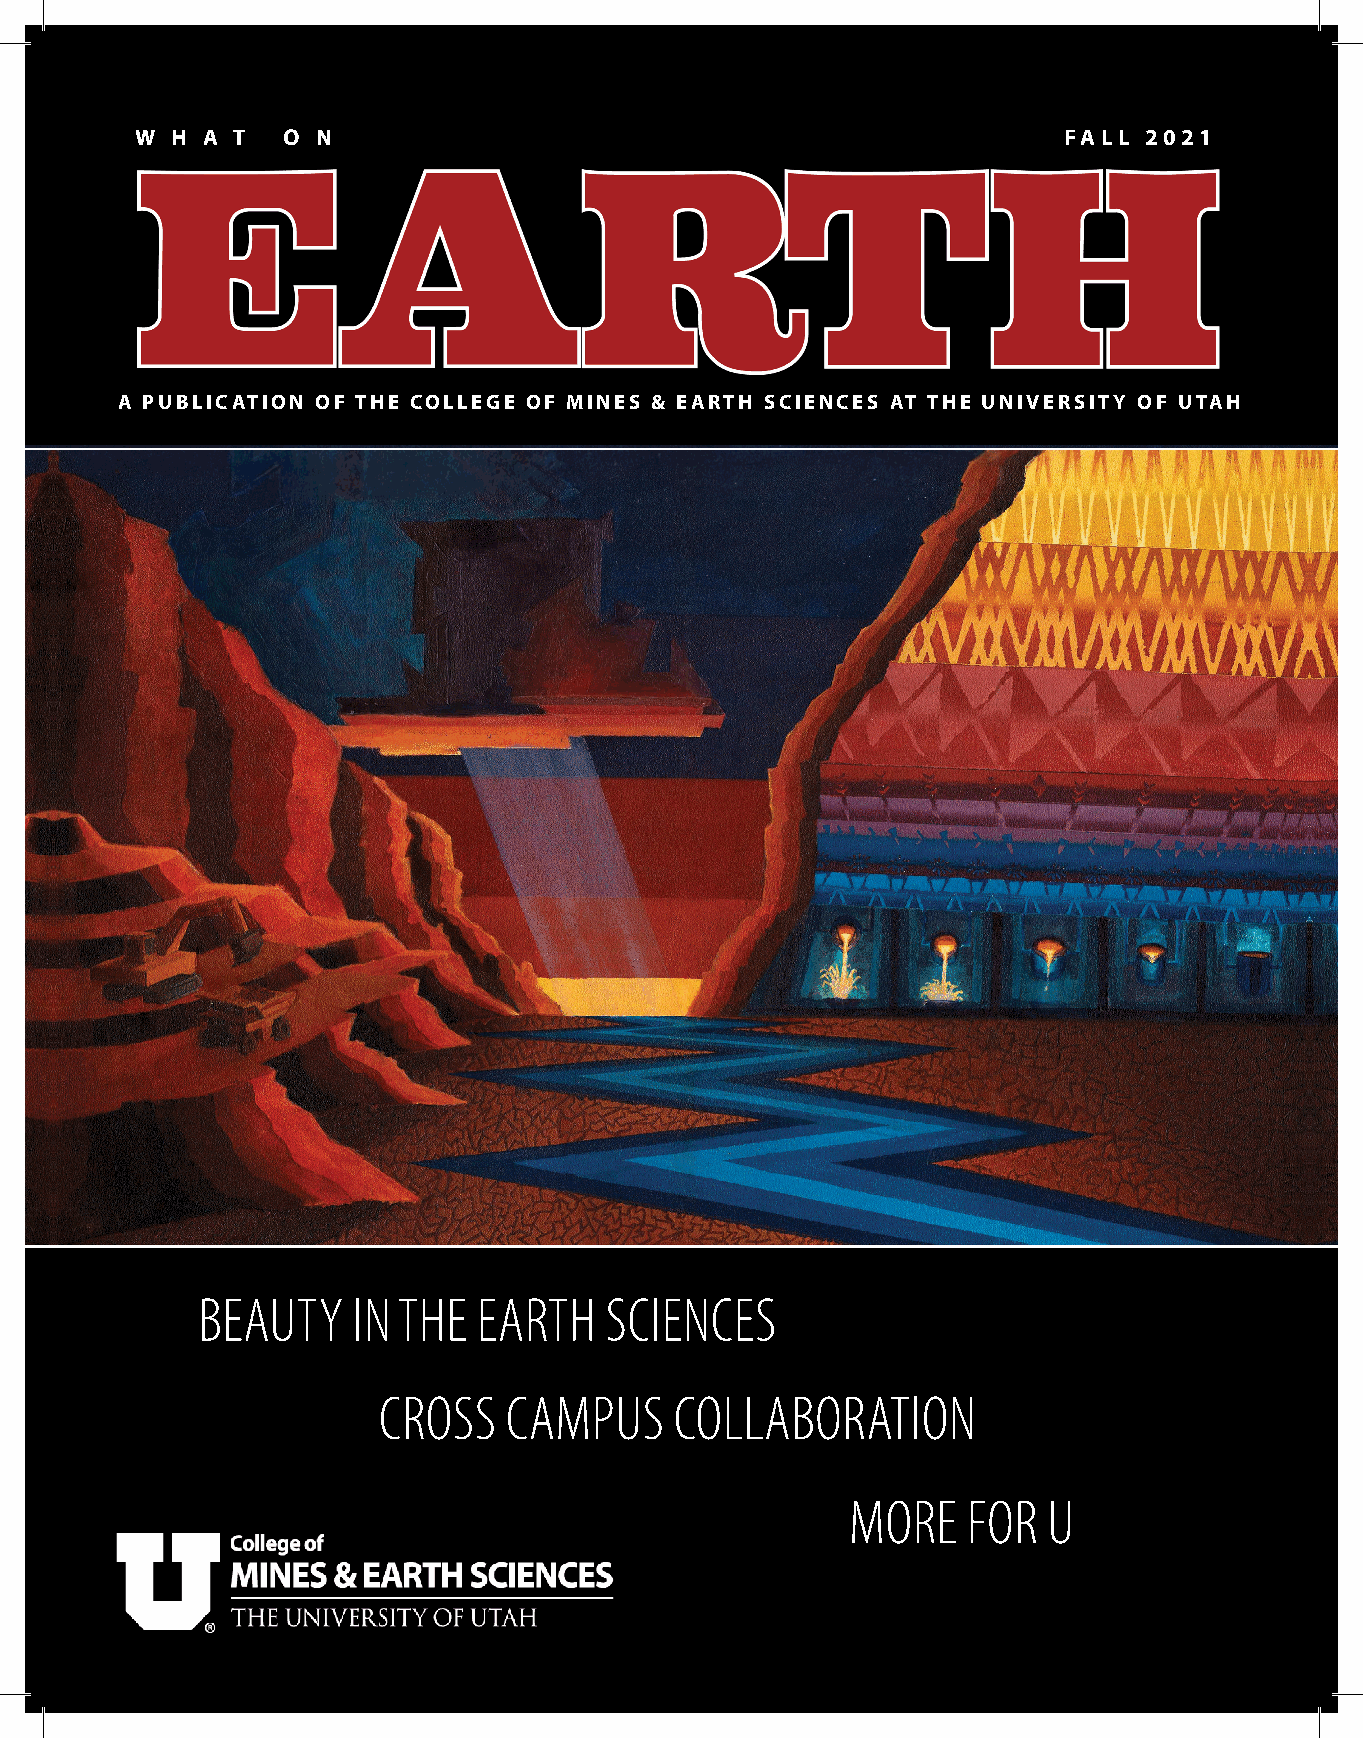
W H  A T  O N                                                FALL  2021
 A PUBLICATION OF THE COLLEGE OF MINES & EARTH SCIENCES AT THE UNIVERSITY OF UTAH
 BEAUTY    IN THE   EARTH   SCIENCES
 CROSS   CAMPUS      COLLABORATION
 MORE    FOR  U